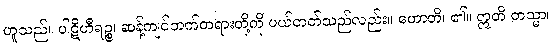
ဟူသည်။ ပါဋိဟီရဉ္စ၊ ဆန့်ကျင်ဘက်တရားတို့ကို ပယ်တတ်သည်လည်း။ ဟောတိ၊ ၏။ ဣတိ တသ္မာ၊